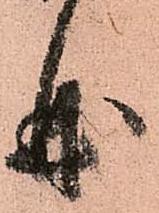
曲